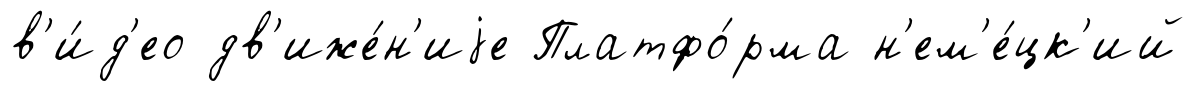
в'и́д'ео дв'иже́н'иjе Платфо́рма н'ем'е́цк'ий